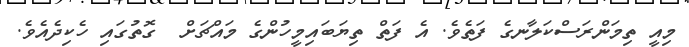
މިއީ ތިމަންރަސްކަލާނގެ ފަތެވެ. އެ ފަތް ތިޔަބައިމީހުންގެ މައްޗަށް  ގޮތުގައި ހެކިދެއެވެ.